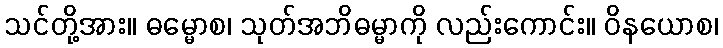
သင်တို့အား။ ဓမ္မောစ၊ သုတ်အဘိဓမ္မာကို လည်းကောင်း။ ဝိနယောစ၊